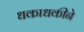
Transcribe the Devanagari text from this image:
धकाधकीने